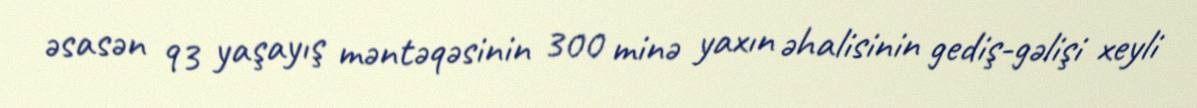
əsasən 93 yaşayış məntəqəsinin 300 minə yaxın əhalisinin gediş-gəlişi xeyli